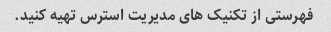
فهرستی از تکنیک های مدیریت استرس تهیه کنید.